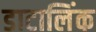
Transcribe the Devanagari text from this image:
डाटालिंक